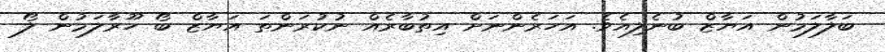
ބަލާލަމުން އަޔާޒް ބުނެލިއެވެ. އަހަރެންނަށް އިތުބާރެއް ނުކުރަންތަ އަޔާޒް ބޯ ހޫރާލަމުން ލޯ